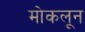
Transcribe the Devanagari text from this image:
मोकलून